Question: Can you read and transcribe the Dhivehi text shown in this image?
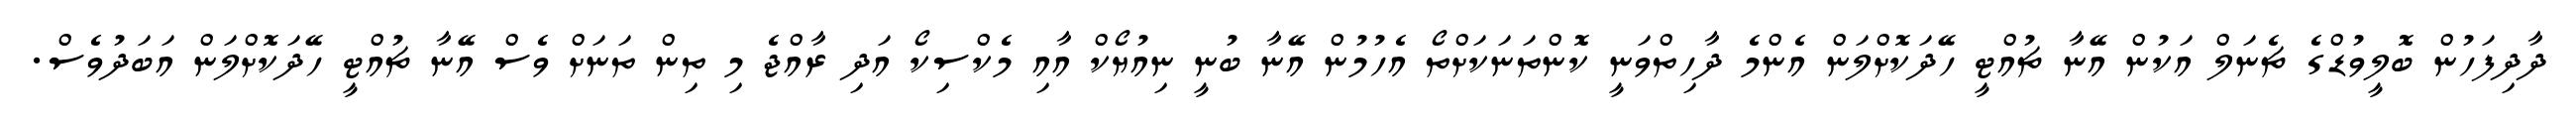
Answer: ދާދިފަހުން ބޮލީވުޑްގެ ޗެނަލް އަކުން އޭނާ ޗުއްޓީ ހޭދަކޮށްލަން އެންމެ ދާހިތްވަނީ ކޮންތަނަކަށްތޯ އެހުމުން އޭނާ ބުނީ ނިއުޔޯކް އާއި މެކްސިކޯ އަދި ރާއްޖެ މި ތިން ތަނަށް ވެސް އޭނާ ޗުއްޓީ ހޭދަކޮށްލަން އަބަދުވެސް.